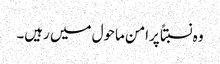
وہ نسبتاً پرامن ماحول میں رہیں۔